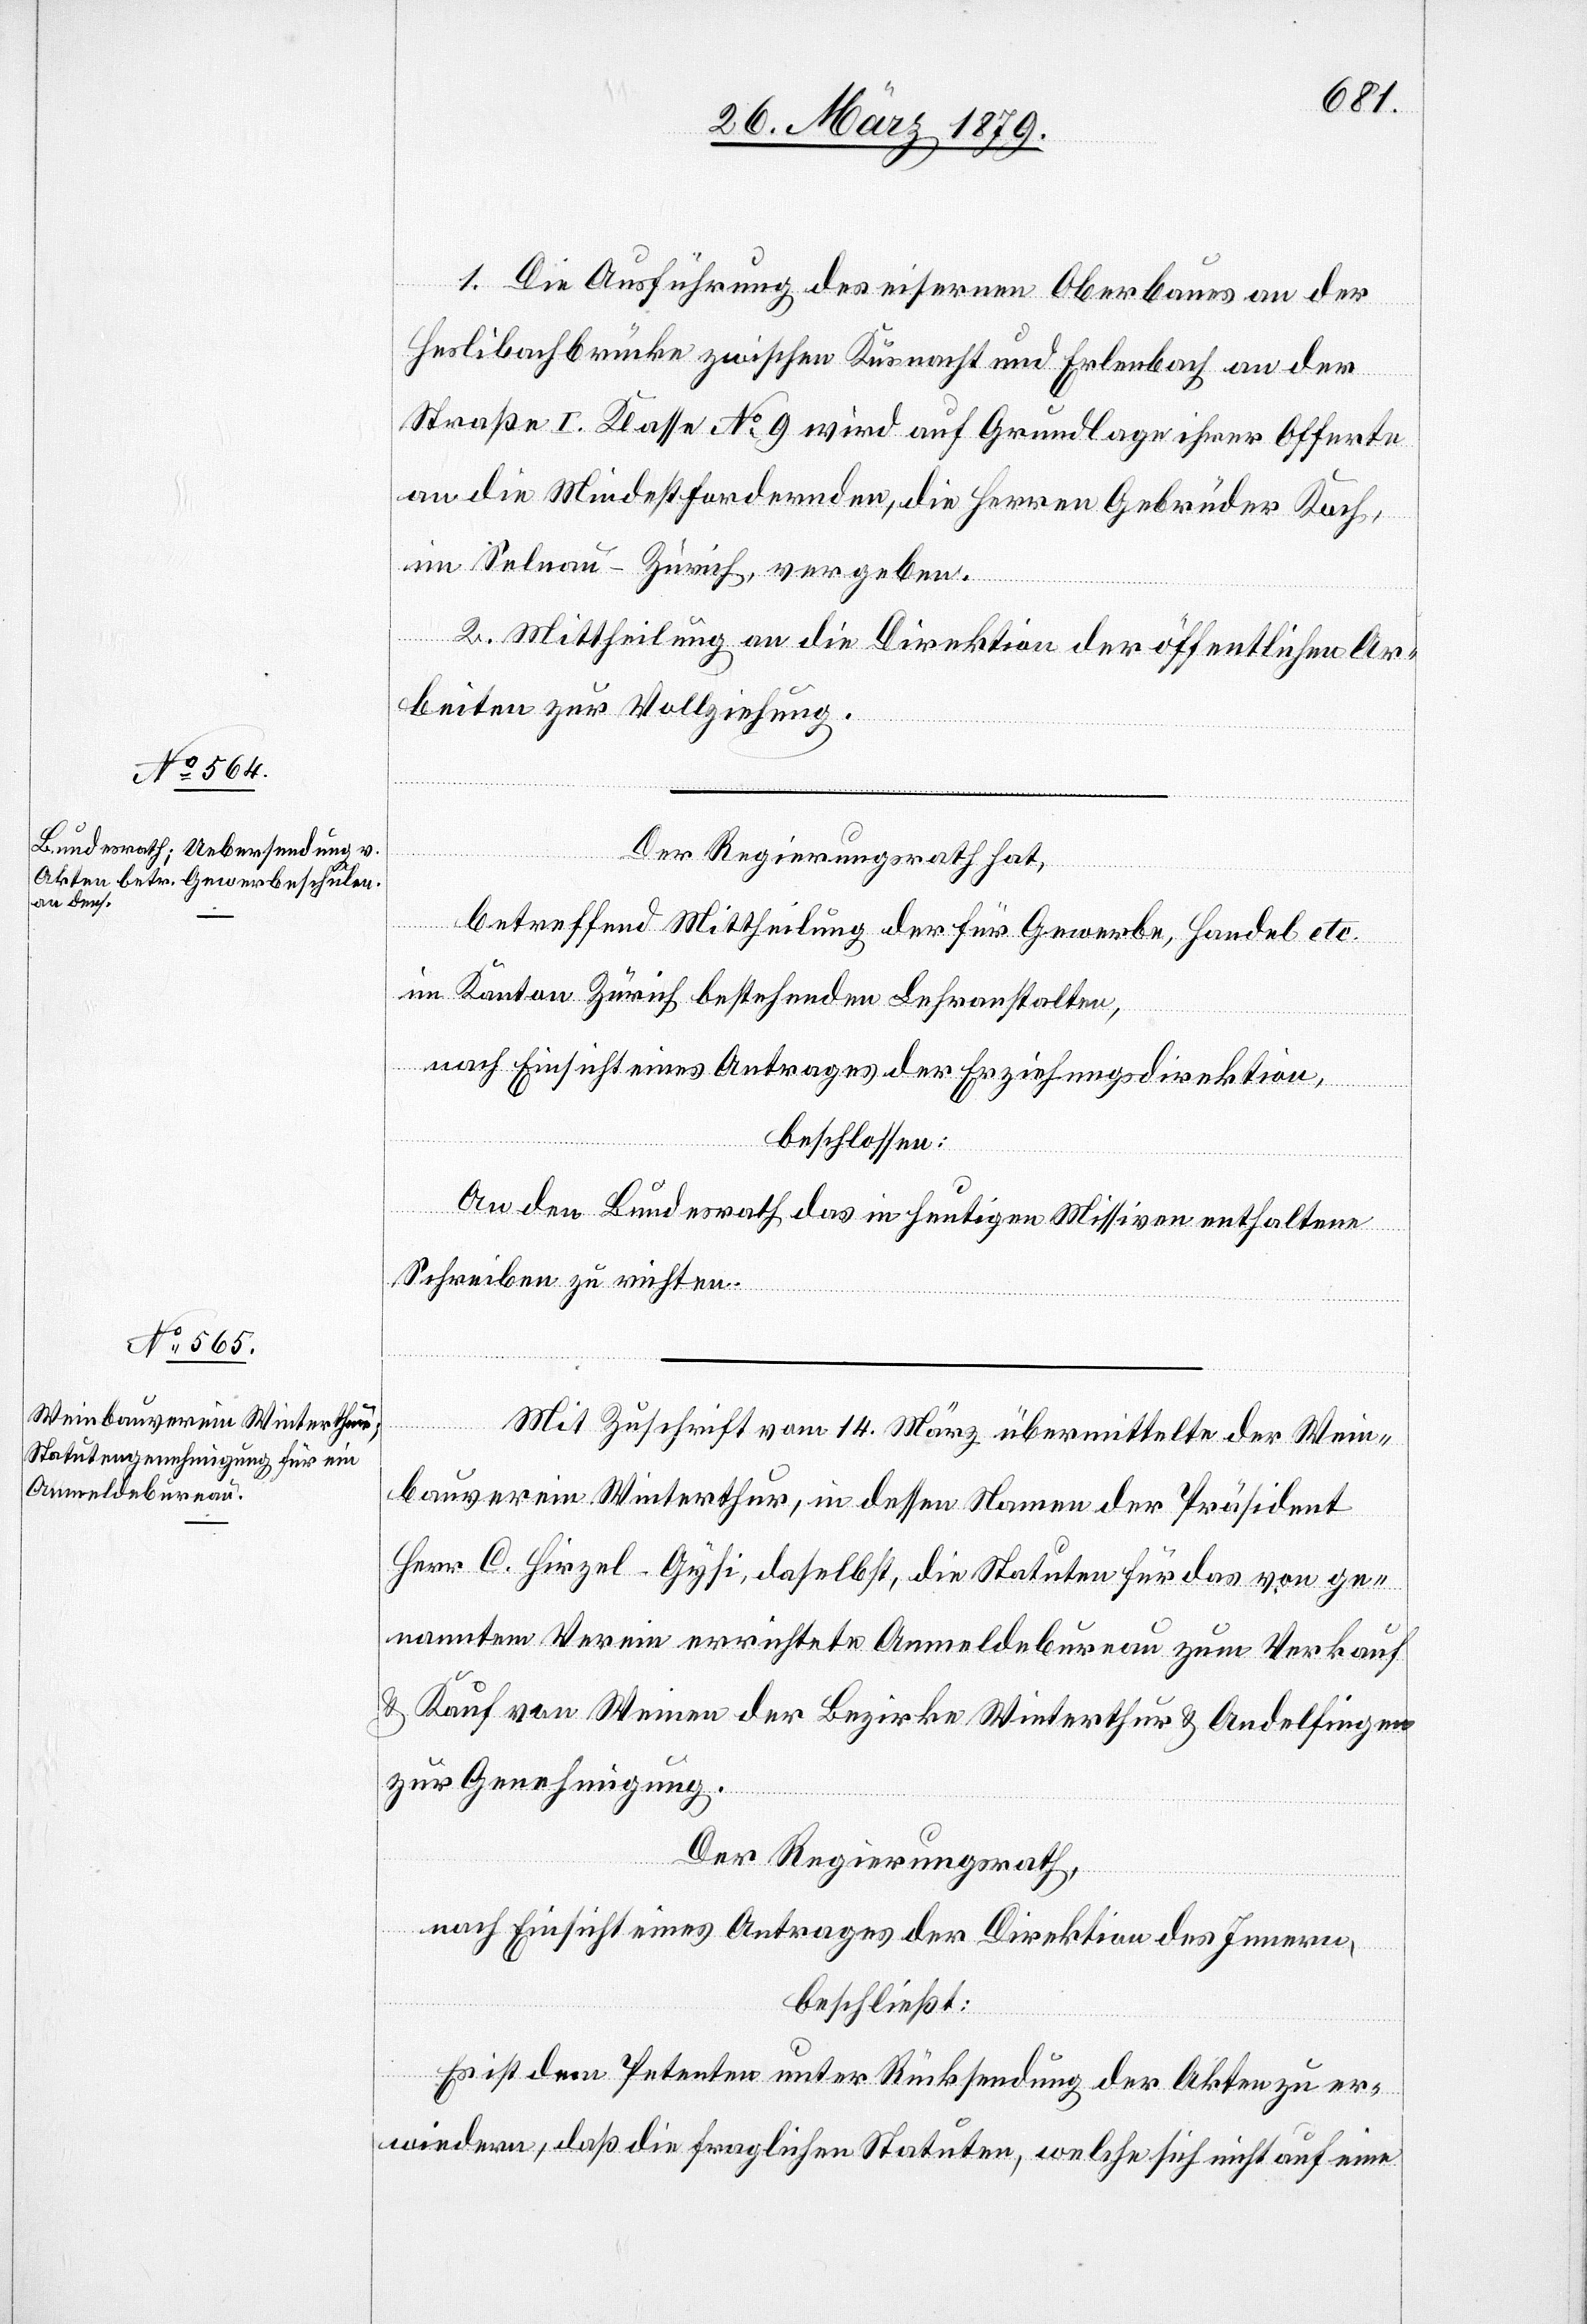
1. Die Ausführung des eisernen Oberbaues an der
Heslibachbrücke zwischen Küsnacht und Erlenbach an der
Straße I. Klasse No 9 wird auf Grundlage ihrer Offerte
an die Mindestfordernden, die Herren Gebrüder Koch,
im Senau - Zürich, vergeben.
2. Mittheilung an die Direktion der öffentlichen Ar¬
beiten zur Vollziehung.
Der Regierungsrath hat,
betreffend Mittheilung der für Gewerbe, Handel etc.
im Kanton Zürich bestehenden Lehranstalten,
nach Einsicht eines Antrages der Erziehungsdirektion,
beschlossen:
An den Bundesrath das in heutigen Missiven enthaltene
Schreiben zu richten.
Mit Zuschrift vom 14. März übermittelte der Wein¬
bauverein Winterthur, in dessen Namen der Präsident
Herr C. Hirzel-Gysi, daselbst, die Statuten für das von ge¬
nanntem Verein errichtete Anmeldebureau zum Verkauf
& Kauf von Weinen der Bezirke Winterthur & Andelfingen
zur Genehmigung.
Der Regierungsrath,
nach Einsicht eines Antrages der Direktion des Innern,
beschließt:
Es ist dem Petenten unter Rücksendung der Akten zu er¬
wiedern, daß die fraglichen Statuten, welche sich nicht auf eine